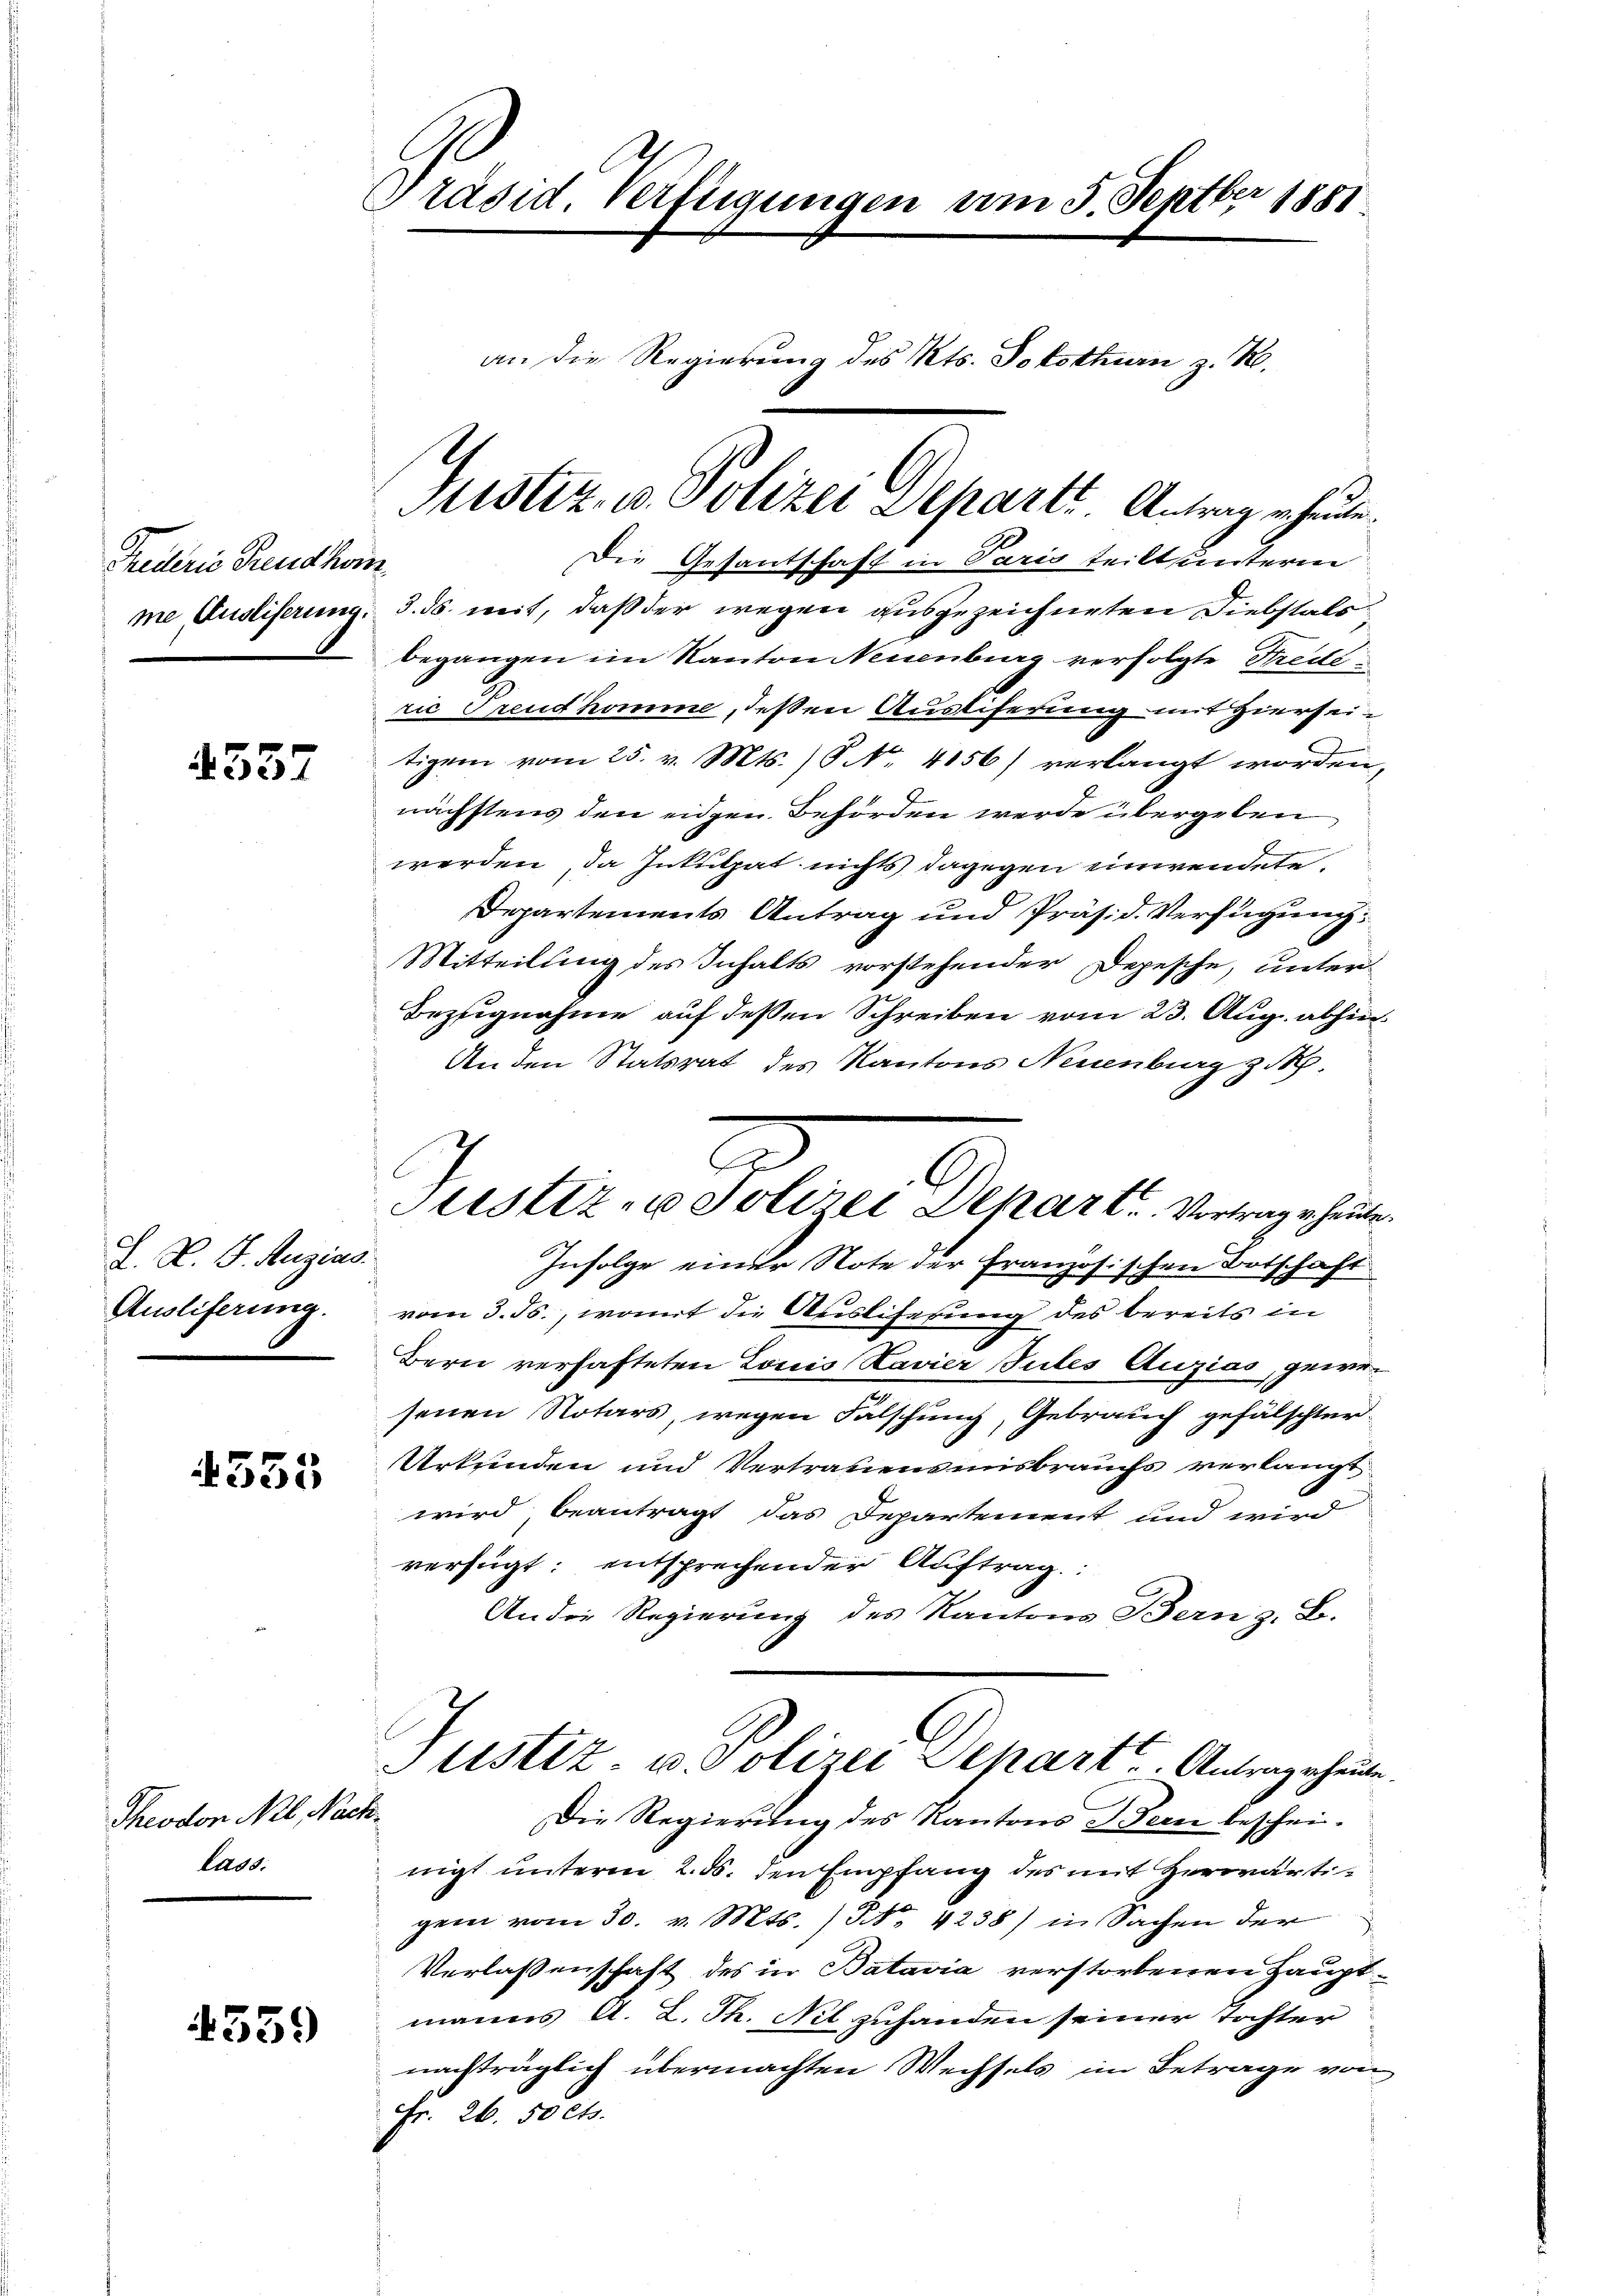
Frederis Freudkom
me Ausliferung.

4357

L. N. F. Rugias.
Auslieferung.

335

Theodor Mil Nachlass.

4359

Präsid Verfügungen am 5. Septber 1881

an die Regierung des Kts. Solothurn z. R.

Justiz- u. Polizei Departi Antrag erheiten.

Die Gesantschaft in Paris teilt unterm
3. ds. weit, daß der wegen ausgezeichneten Diebstals
begangen im Kanton Neuenburg verfolgte Rede
rić Freudhomme, deßen Ausliferung mit Hierseitigem vom 25. v. Mts. /8 No. 4156) verlangt worden,
nächstens den eidgen. Behörden werde übergeben
n
werden, da Inkulpat nichts dagegen einwendete,
Departements Antrag und Präsid. Verfügung:
Mitteilung des Inhalts vorstehender Depesche, unter-
Bezugnahme auf deßen Schreiben vom 23. Aug. abhin
An den Statsrat des Kantons Neuenburg z.
c
Sistiz - Polizei Dehart. Vortrage heute.
Infolge einer Note der Französischen Botschaft
vom 3. Js., womit die Auslieferung des bereits in
Bern verhafteten Louis Lavier Sules Auzias, gewesenen Notars, wegen Falschung, Gebrauch gefälschter-
Urkunden und Vertrauensmisbrauchs verlangt
wird, beantragt das Departement und wird
verfügt: entsprechender Auftrag.
An die Regierung des Kantons Bern z. B.

Justiz u. Polizei Schart. Antrage heute.
Die Regierung des Kantons Bern beschei¬

nigt unterm 2. ds. den Empfang des mit Herwärtigern vom 30. v. Mts. ) No 4238) in Sachen der
Verlassenschaft des in Batavia verstorbenen Hauptmanns A. L. Th. Nil zuhanden seiner Tochter
nachträglich übermachten Wechsels im Betrage von
Fr. 26. 50 cts.